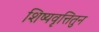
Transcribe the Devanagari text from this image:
शिष्यवृत्तितुन